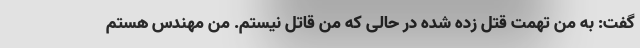
گفت: به من تهمت قتل زده شده در حالی که من قاتل نیستم. من مهندس هستم